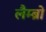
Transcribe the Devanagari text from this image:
लैम्ब्रो